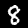
Label: 8